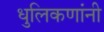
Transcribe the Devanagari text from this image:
धुलिकणांनी